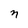
Character: n